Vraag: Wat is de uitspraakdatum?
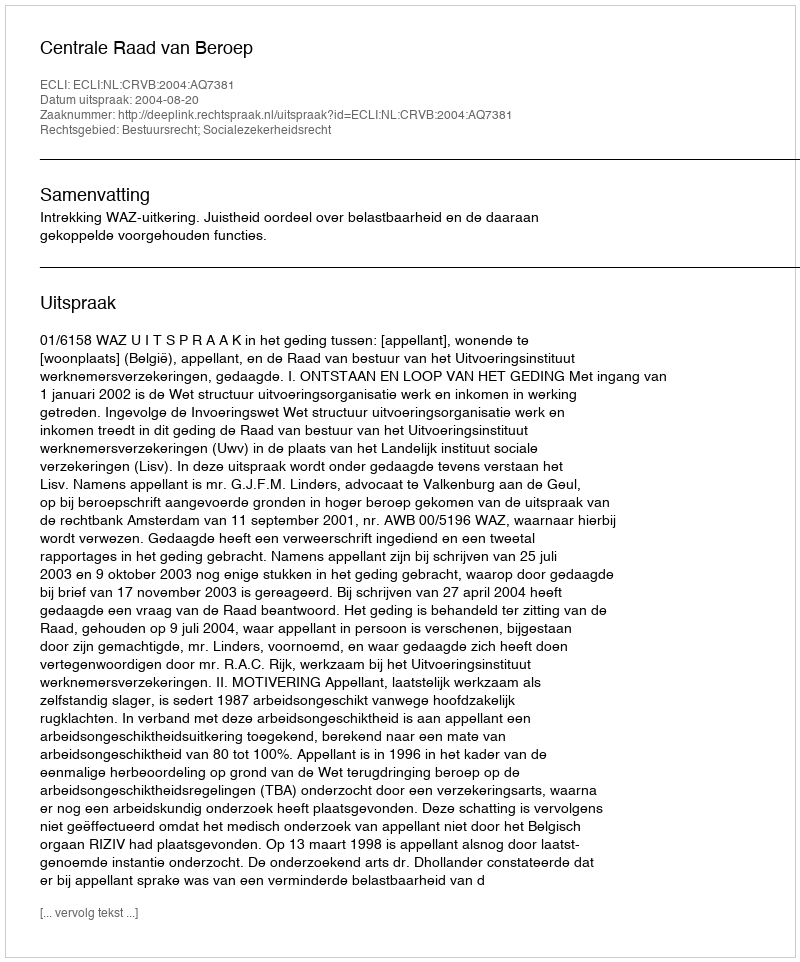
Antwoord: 2004-08-20